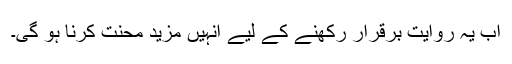
اب یہ روایت برقرار رکھنے کے لیے انہیں مزید محنت کرنا ہو گی۔